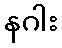
နဂါး